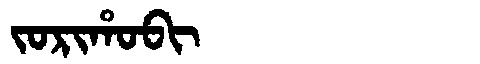
Manchu: ᠵᠣᡵᡳᡥᠣᠪᡳ
Romanization: JORIHOBI